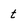
Character: t